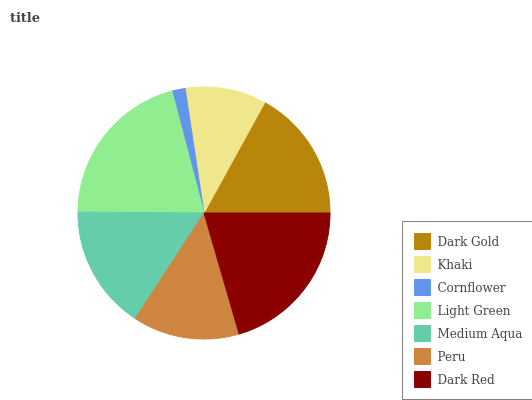
| Dark Gold | Khaki | Cornflower | Light Green | Medium Aqua | Peru | Dark Red |
 | --- | --- | --- | --- | --- | --- | --- |
 | 17% | 10.4% | 1.7% | 20.8% | 15.9% | 13.7% | 20.5% |